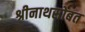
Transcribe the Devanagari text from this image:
श्रीनाथसोबत